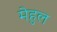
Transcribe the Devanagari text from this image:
मेहुल